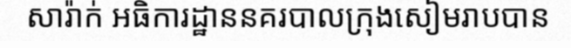
សារ៉ាក់ អធិការដ្ឋាននគរបាលក្រុងសៀមរាបបាន